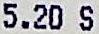
5.20 S